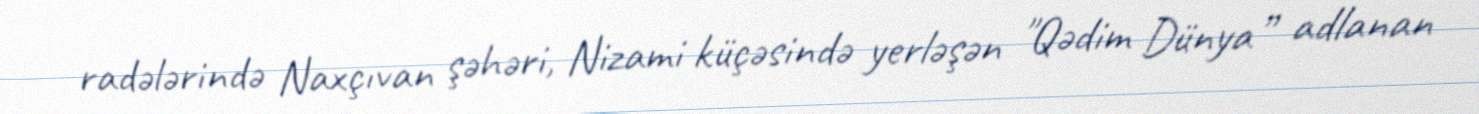
radələrində Naxçıvan şəhəri, Nizami küçəsində yerləşən "Qədim Dünya” adlanan